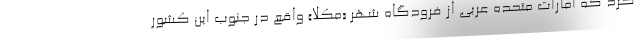
کرد که امارات متحده عربی از فرودگاه شهر «مکلا» واقع در جنوب این کشور